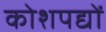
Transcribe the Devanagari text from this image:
कोशपद्यों